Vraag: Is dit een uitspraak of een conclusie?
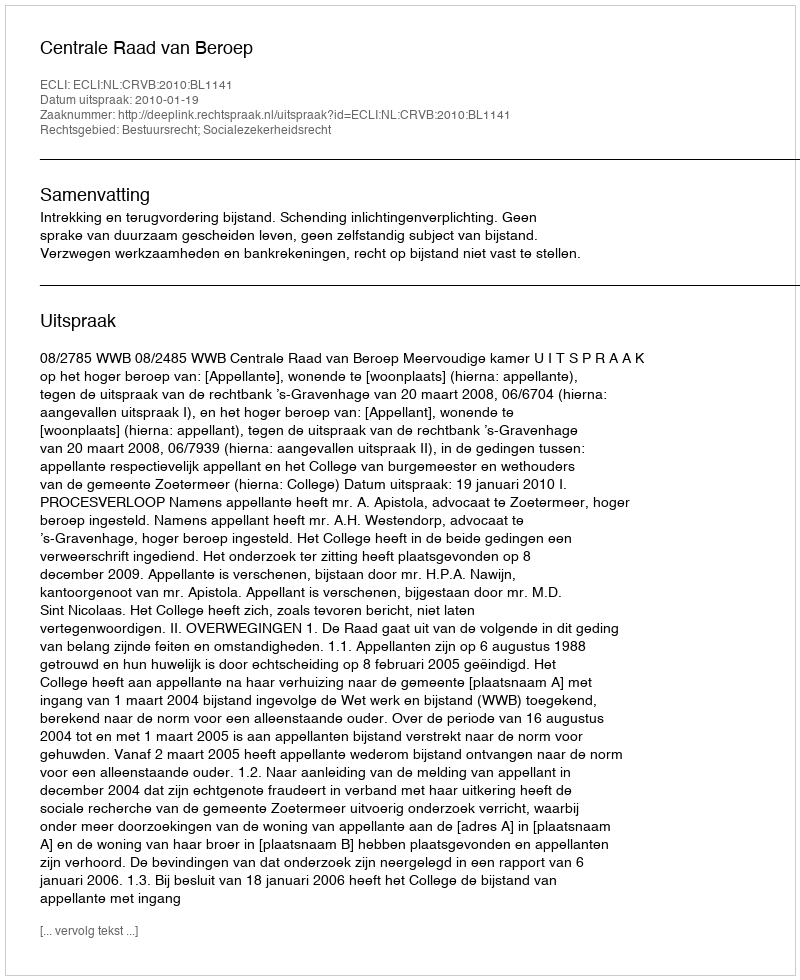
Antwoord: Uitspraak